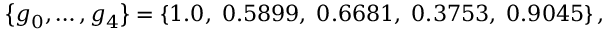
\left\{ g _ { 0 } , \dots , g _ { 4 } \right\} = \left\{ 1 . 0 , \; 0 . 5 8 9 9 , \; 0 . 6 6 8 1 , \; 0 . 3 7 5 3 , \; 0 . 9 0 4 5 \right\} ,